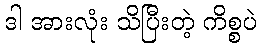
ဒါ အားလုံး သိပြီးတဲ့ ကိစ္စပဲ